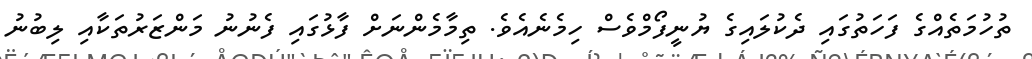
ތުހުމަތެއްގެ ފަހަތުގައި ދެކުލައިގެ ޔުނީފޯމްވެސް ހިމެނެއެވެ. ތިމާމެންނަށް ފާޅުގައި ފެނުނު މަންޒަރުތަކާއި ލިބުނު